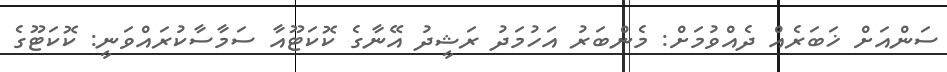
ސަންއަށް ޚަބަރެއް ދެއްވުމަށް: މެންބަރު އަހުމަދު ރަޝީދު އޭނާގެ ކޮކަޓޫއާ ސަމާސާކުރައްވަނީ: ކޮކަޓޫގެ